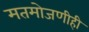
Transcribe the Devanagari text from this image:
मतमोजणीही